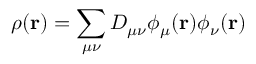
\rho ( \ensuremath \mathbf { r } ) = \sum _ { \mu \nu } D _ { \mu \nu } \phi _ { \mu } ( \ensuremath \mathbf { r } ) \phi _ { \nu } ( \ensuremath \mathbf { r } )